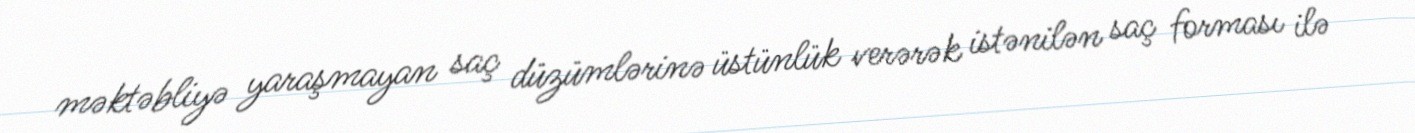
məktəbliyə yaraşmayan saç düzümlərinə üstünlük verərək istənilən saç forması ilə